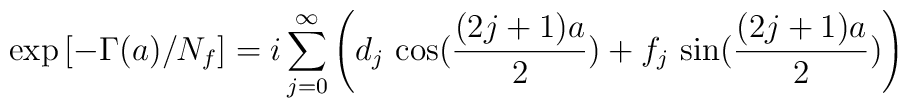
\exp\left[ -\Gamma(a)/N_f\right] =i\sum_{j=0}^\infty \left( d_j \,\cos(\frac{(2j+1)a}{2}) + f_j \, \sin(\frac{(2j+1)a}{2})\right)